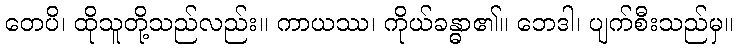
တေပိ၊ ထိုသူတို့သည်လည်း။ ကာယဿ၊ ကိုယ်ခန္ဓာ၏။ ဘေဒါ၊ ပျက်စီးသည်မှ။